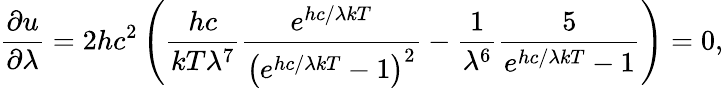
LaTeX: {\frac{\partial u}{\partial\lambda}}=2hc^{2}\left({\frac{hc}{kT\lambda^{7}}}{\frac{e^{hc/\lambda kT}}{\left(e^{hc/\lambda kT}-1\right)^{2}}}-{\frac{1}{\lambda^{6}}}{\frac{5}{e^{hc/\lambda kT}-1}}\right)=0,